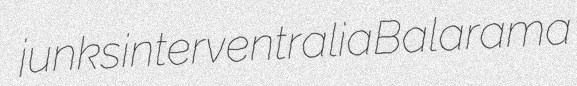
junks interventralia Balarama